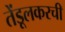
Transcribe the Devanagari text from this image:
तेंडूलकरची